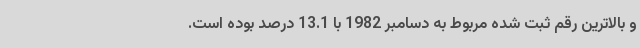
و بالاترین رقم ثبت شده مربوط به دسامبر 1982 با 13.1 درصد بوده است.